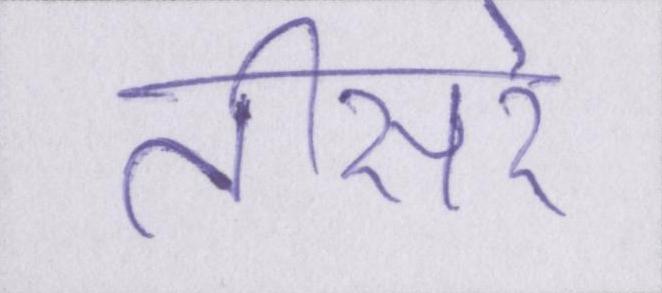
तीसरे